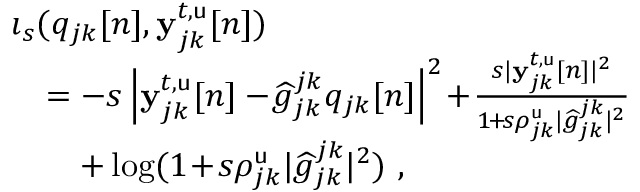
\begin{array} { r l } & { \imath _ { s } ( q _ { j k } [ n ] , \mathbf { y } _ { j k } ^ { t , { \mathsf { u } } } [ n ] ) } \\ & { \quad = - s \left| { \mathbf { y } _ { j k } ^ { t , { \mathsf { u } } } [ n ] - \! \widehat { g } _ { j k } ^ { j k } q _ { j k } [ n ] } \right| ^ { 2 } \! + \! \frac { s | \mathbf { y } _ { j k } ^ { t , { \mathsf { u } } } [ n ] | ^ { 2 } } { 1 \! + \! s \rho _ { j k } ^ { \mathsf { u } } | \widehat { g } _ { j k } ^ { j k } | ^ { 2 } } } \\ & { \quad \quad + \log ( 1 \! + \! s \rho _ { j k } ^ { \mathsf { u } } | \widehat { g } _ { j k } ^ { j k } | ^ { 2 } ) \ , } \end{array}